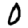
Digit: 0